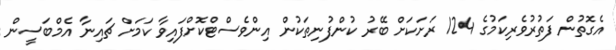
އެގޮތުން ފަތުރުވެރިކަމުގެ 124 ރަށަކަށް ބޭރު ކުންފުނިތަކުން އިންވެސްޓްކޮށްފައިވާ ކަމަށް ޗައިނާ އެމްބަސީން